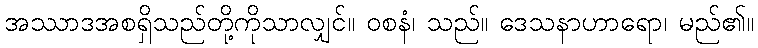
အဿာဒအစရှိသည်တို့ကိုသာလျှင်။ ဝစနံ၊ သည်။ ဒေသနာဟာရော၊ မည်၏။